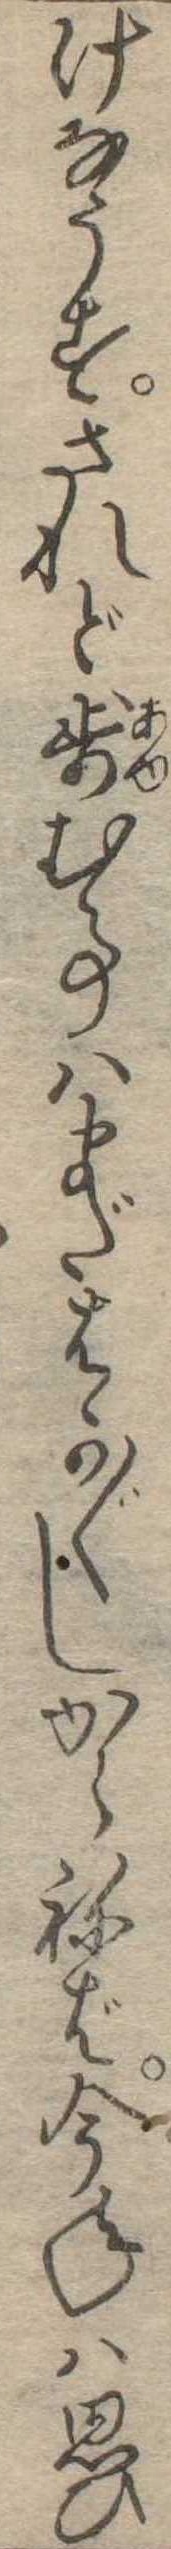
けなうすされど歩む事はまだはか〱しからねば今年は思ひ